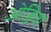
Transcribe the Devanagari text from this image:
ओब्जिवा